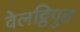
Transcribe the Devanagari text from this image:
वेलट्ठिपुत्त